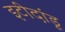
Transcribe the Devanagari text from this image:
इटीदांडू